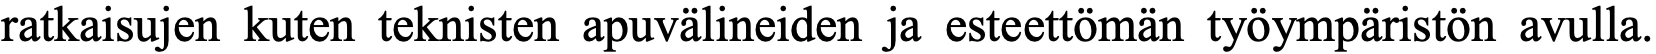
ratkaisujen kuten teknisten apuvälineiden ja esteettömän työympäristön avulla.